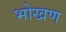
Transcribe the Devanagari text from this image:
भोखण